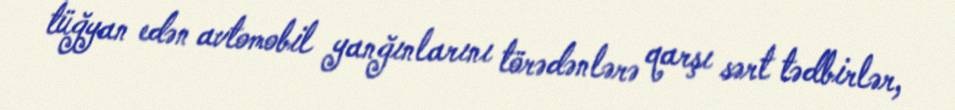
tüğyan edən avtomobil yanğınlarını törədənlərə qarşı sərt tədbirlər,